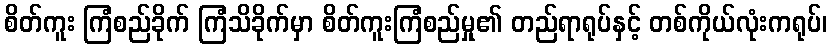
စိတ်ကူး ကြံစည်ခိုက် ကြံသိခိုက်မှာ စိတ်ကူးကြံစည်မှု၏ တည်ရာရုပ်နှင့် တစ်ကိုယ်လုံးကရုပ်၊